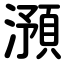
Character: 澦